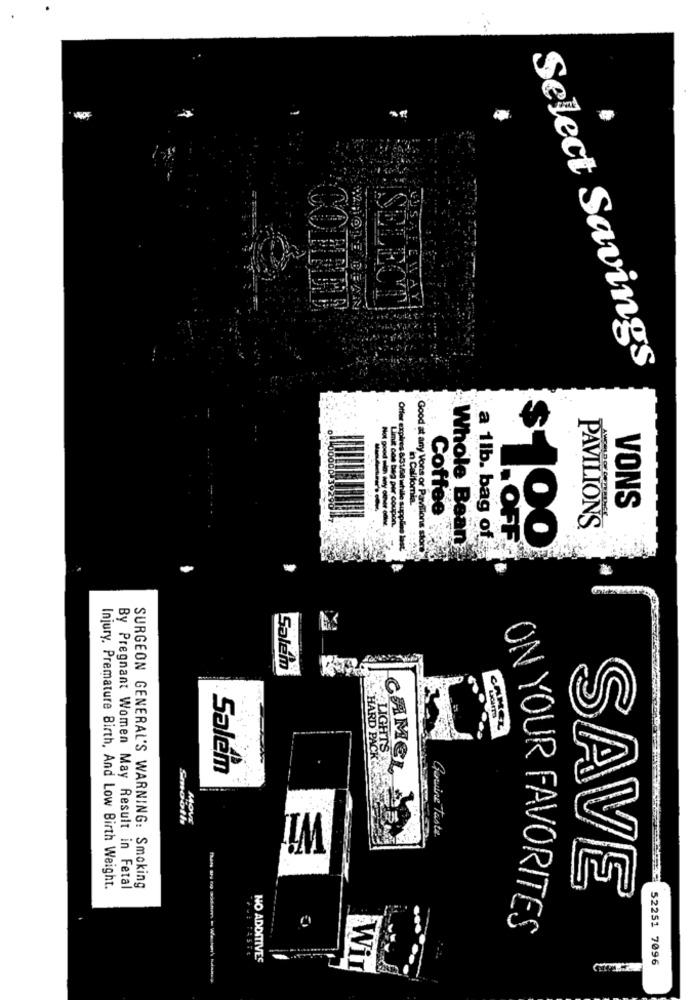
COFFEE
SELECT
Select Savings
Not good win day o
in Califomia
VONS
Timik con bag pir coupon.
PAVILIONS
Whole Bean
a 1lb. bag of
. OFF
00
Offer expires 8/31/58 while supplies last"
Good at any Vons or Pavilions stort
Coffee
Salem
+ HARD PACK
Salem
LIGHTS
CAMEL
Smooth
Movr
Gouine taste
Injury, Premature Birth, And Low Birth Weight.
By Pregnant Women May Result in Fetal
SURGEON GENERAL'S WARNING: Smoking
SAVE
ON YOUR FAVORITES
NO ADDITIVES
Wir
52251 7096